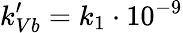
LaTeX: k_{Vb}^{\prime}=k_{1}\cdot 10^{-9}